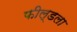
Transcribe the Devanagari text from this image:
फील्डला